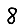
Digit: 8